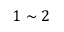
1 \sim 2